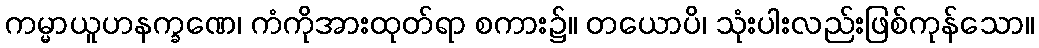
ကမ္မာယူဟနက္ခဏေ၊ ကံကိုအားထုတ်ရာ စကား၌။ တယောပိ၊ သုံးပါးလည်းဖြစ်ကုန်သော။